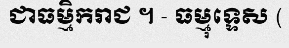
ជាធម្មិករាជ ។ - ធម្មុទ្ទេស (